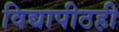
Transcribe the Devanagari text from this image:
विद्यापीठही